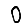
Digit: 0